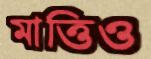
মাত্তিও